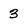
Character: 3